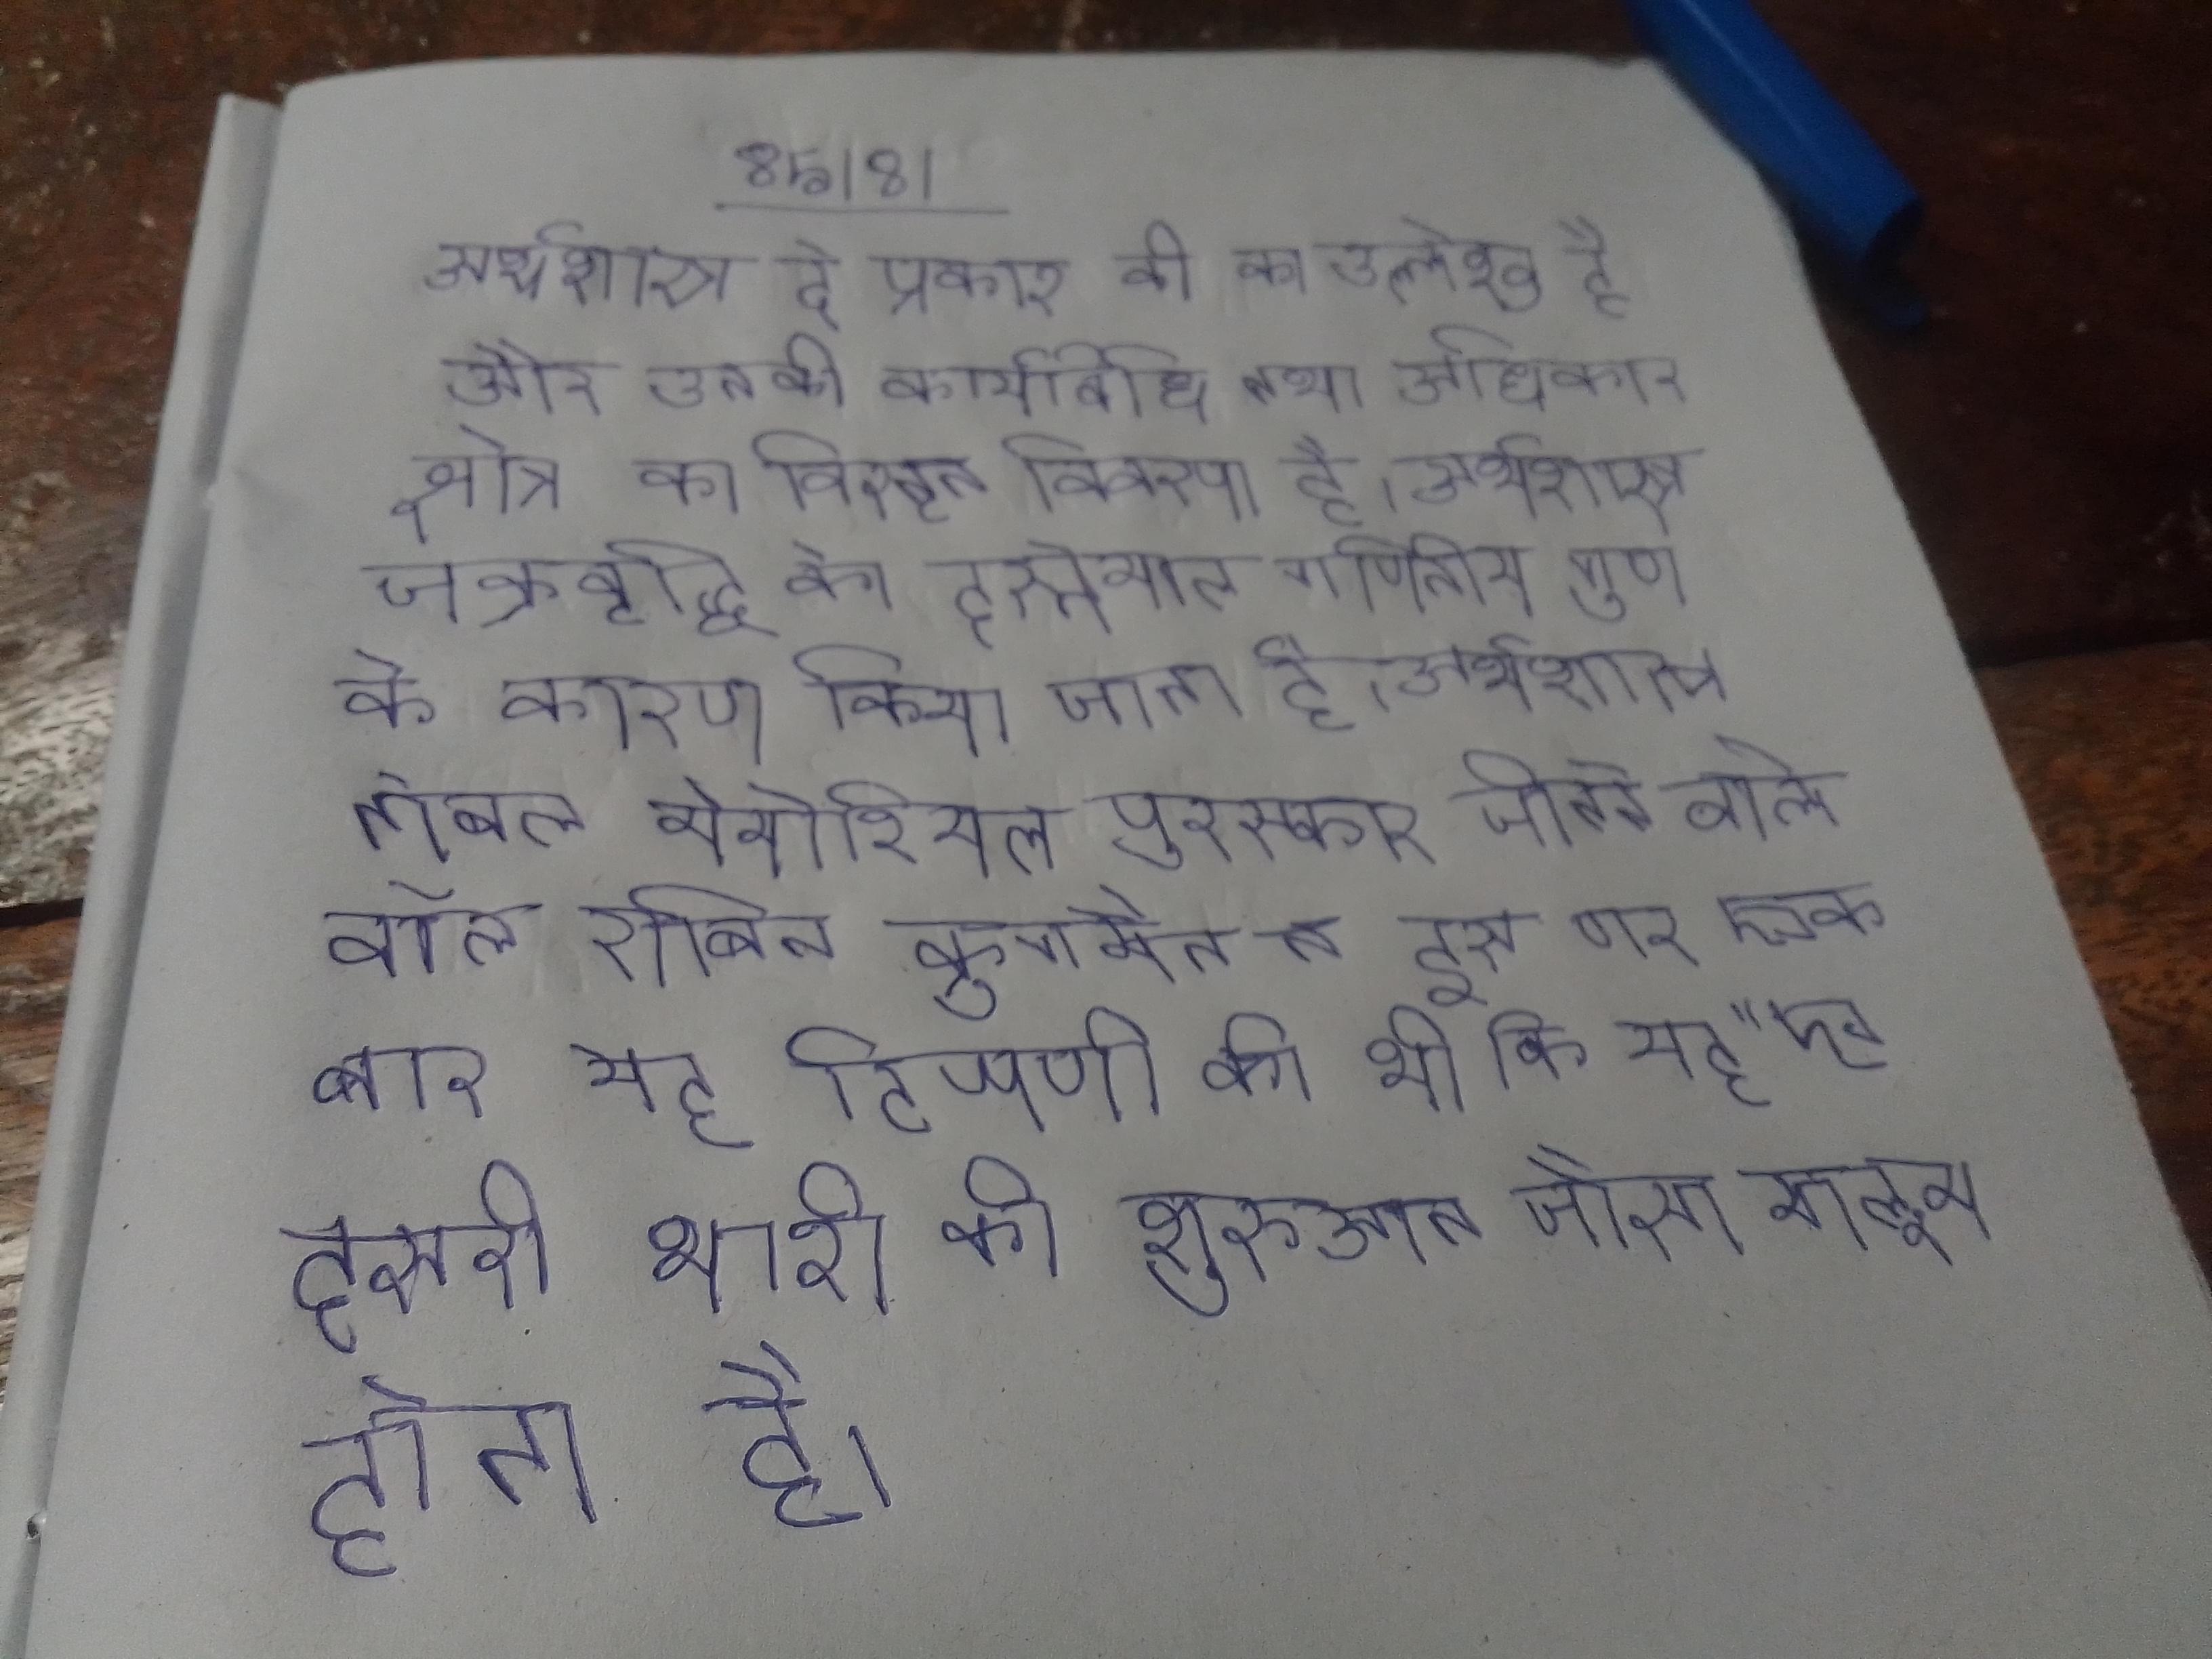
अर्थशास्त्र दो प्रकार की का उल्लेख है और उनकी कार्यविधि तथा अधिकारक्षेत्र का विस्तृत विवरण है । अर्थशास्त्र चक्रवृद्धि का इस्तेमाल गणितीय गुण के कारण किया जाता है । अर्थशास्त्र नोबेल मेमोरियल पुरस्कार जीतने वाले पॉल रोबिन क्रुगमैन ने इस पर एक बार यह टिप्पणी की थी कि यह "एक दूसरी भारी की शुरुआत जैसा मालूम होता है ।